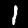
Label: 1